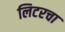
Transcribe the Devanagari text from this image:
लिटरचा